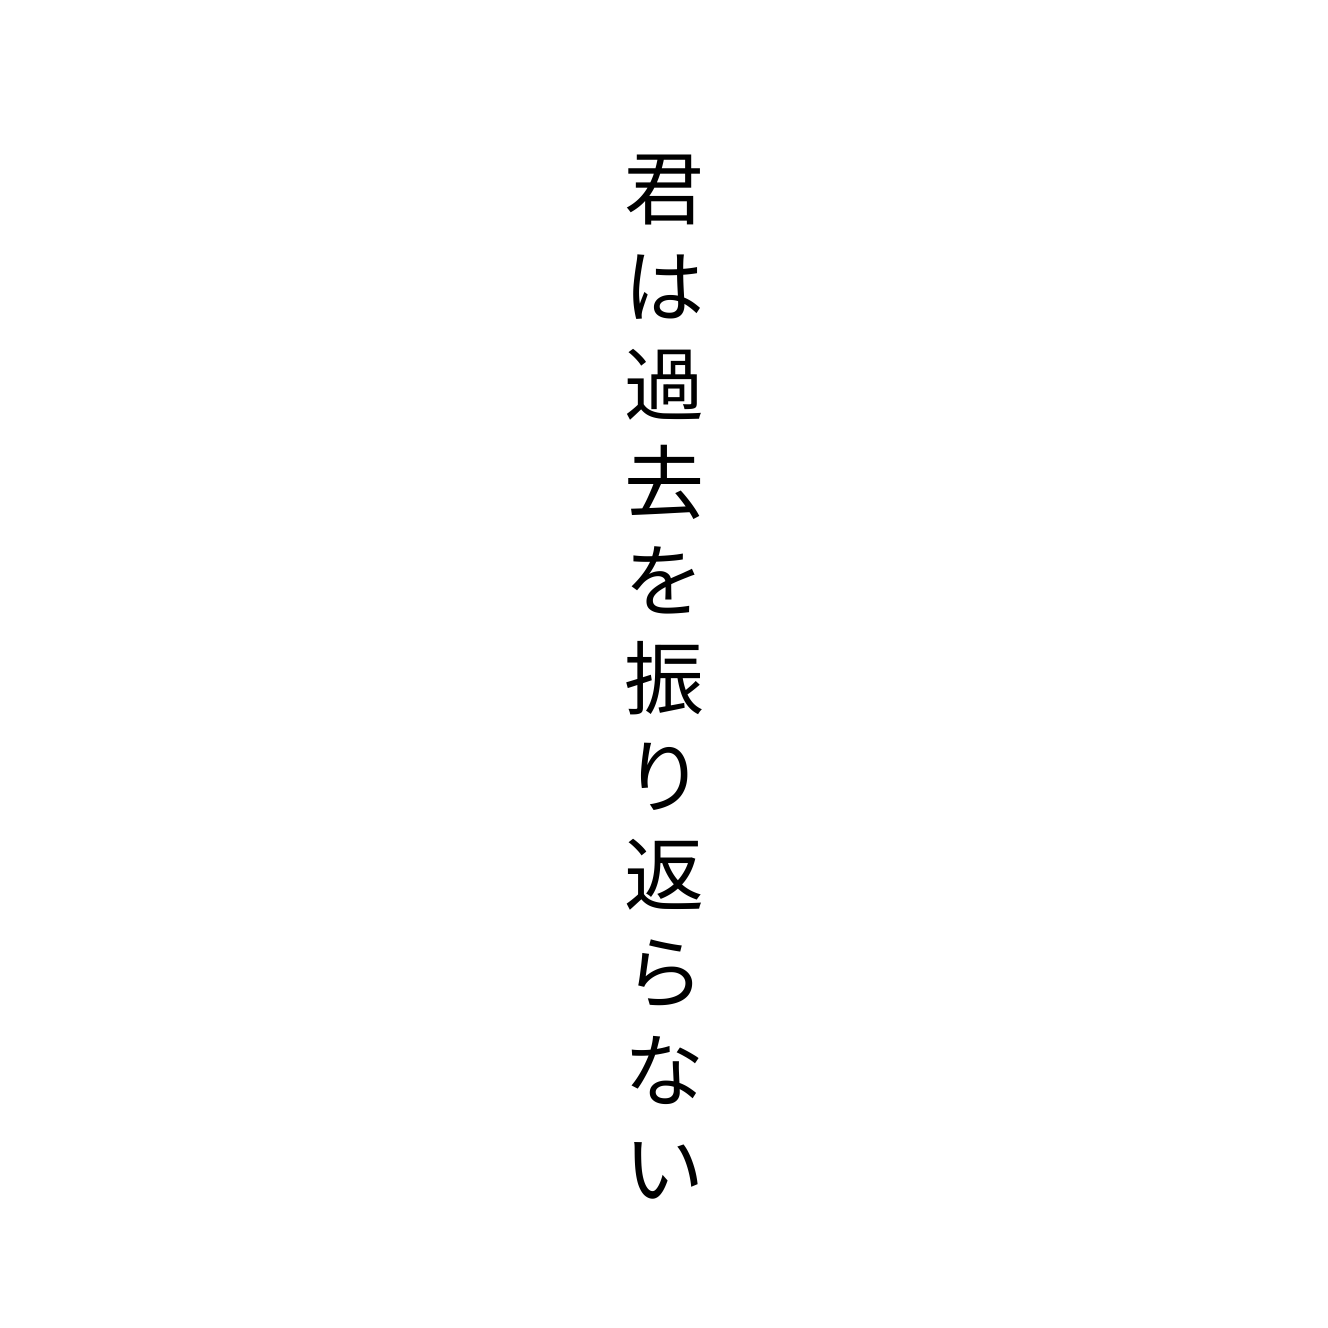
君は過去を振り返らない